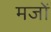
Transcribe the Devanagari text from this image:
मजों